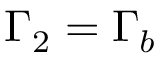
\Gamma _ { 2 } = \Gamma _ { b }